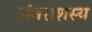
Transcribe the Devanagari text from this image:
अंतराशस्य